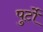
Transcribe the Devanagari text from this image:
पुर्टो